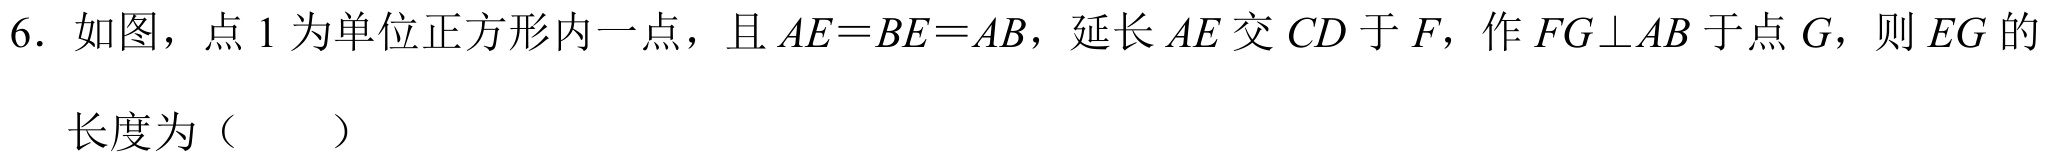
6. 如图，点\(1\)为单位正方形内一点，且\(AE = BE = AB\)，延长\(AE\)交\(CD\)于\(F\)，作\(FG\perp AB\)于点\(G\)，则\(EG\)的长度为（  ）